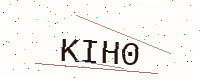
Text: KIH0